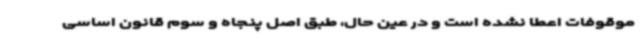
موقوفات اعطا نشده است و در عین حال، طبق اصل پنجاه و سوم قانون اساسی